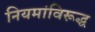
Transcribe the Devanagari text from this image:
नियमांविरूद्ध